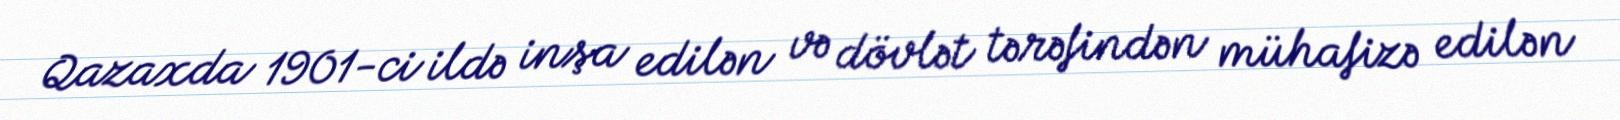
Qazaxda 1901-ci ildə inşa edilən və dövlət tərəfindən mühafizə edilən